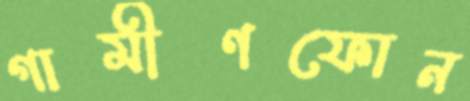
গামীণফোন